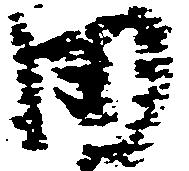
田